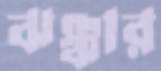
ঝঞ্ঝার